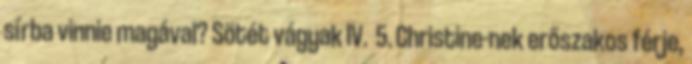
sírba vinnie magával? Sötét vágyak IV. 5. Christine-nek erőszakos férje,